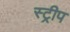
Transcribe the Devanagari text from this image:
स्‍ट्रीप